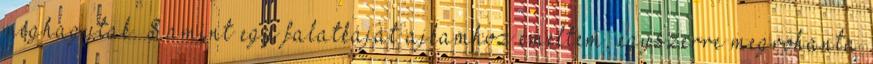
meghagytak. S amint egy falatkáját ajkamhoz emeltem, egyszerre megrohanta